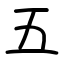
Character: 五